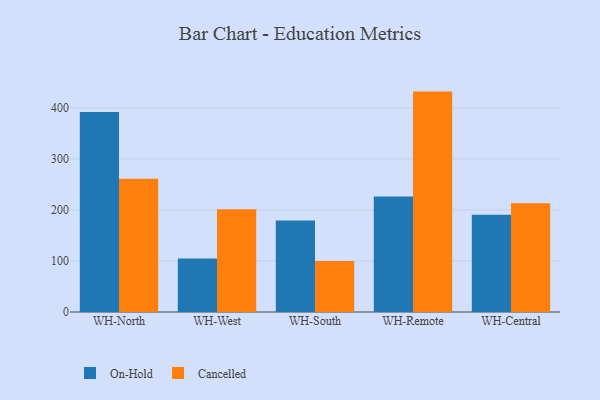
{"axis": {"x": "Warehouse", "y": "Page Views"}, "legend": ["Cancelled", "On-Hold"], "data": [{"x": "WH-North", "y": 392.0, "type": "On-Hold"}, {"x": "WH-North", "y": 261.3, "type": "Cancelled"}, {"x": "WH-West", "y": 104.8, "type": "On-Hold"}, {"x": "WH-West", "y": 201.2, "type": "Cancelled"}, {"x": "WH-South", "y": 179.4, "type": "On-Hold"}, {"x": "WH-South", "y": 99.7, "type": "Cancelled"}, {"x": "WH-Remote", "y": 226.1, "type": "On-Hold"}, {"x": "WH-Remote", "y": 431.9, "type": "Cancelled"}, {"x": "WH-Central", "y": 190.8, "type": "On-Hold"}, {"x": "WH-Central", "y": 212.9, "type": "Cancelled"}]}